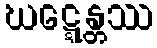
ဃဋ္ဋေန္တဿ